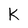
Character: K